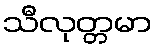
သီလုတ္တမာ